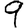
Digit: 9